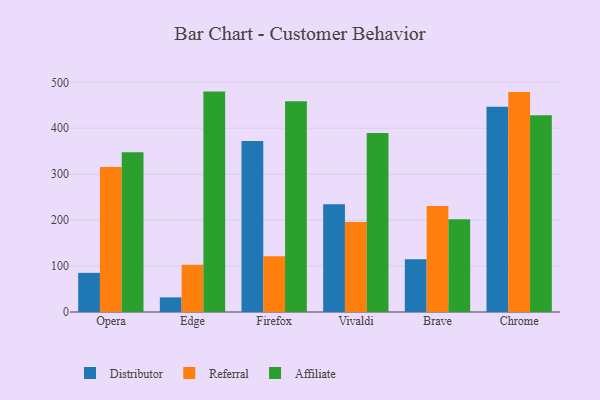
{"axis": {"x": "Browser", "y": "Bounce Rate (%)"}, "legend": ["Affiliate", "Distributor", "Referral"], "data": [{"x": "Opera", "y": 85.2, "type": "Distributor"}, {"x": "Opera", "y": 315.9, "type": "Referral"}, {"x": "Opera", "y": 348.0, "type": "Affiliate"}, {"x": "Edge", "y": 31.8, "type": "Distributor"}, {"x": "Edge", "y": 102.9, "type": "Referral"}, {"x": "Edge", "y": 479.8, "type": "Affiliate"}, {"x": "Firefox", "y": 372.2, "type": "Distributor"}, {"x": "Firefox", "y": 121.5, "type": "Referral"}, {"x": "Firefox", "y": 458.6, "type": "Affiliate"}, {"x": "Vivaldi", "y": 234.5, "type": "Distributor"}, {"x": "Vivaldi", "y": 195.9, "type": "Referral"}, {"x": "Vivaldi", "y": 389.6, "type": "Affiliate"}, {"x": "Brave", "y": 114.8, "type": "Distributor"}, {"x": "Brave", "y": 230.6, "type": "Referral"}, {"x": "Brave", "y": 201.7, "type": "Affiliate"}, {"x": "Chrome", "y": 446.6, "type": "Distributor"}, {"x": "Chrome", "y": 478.8, "type": "Referral"}, {"x": "Chrome", "y": 428.3, "type": "Affiliate"}]}